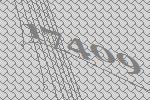
17409